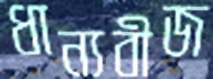
ধান্যবীজ